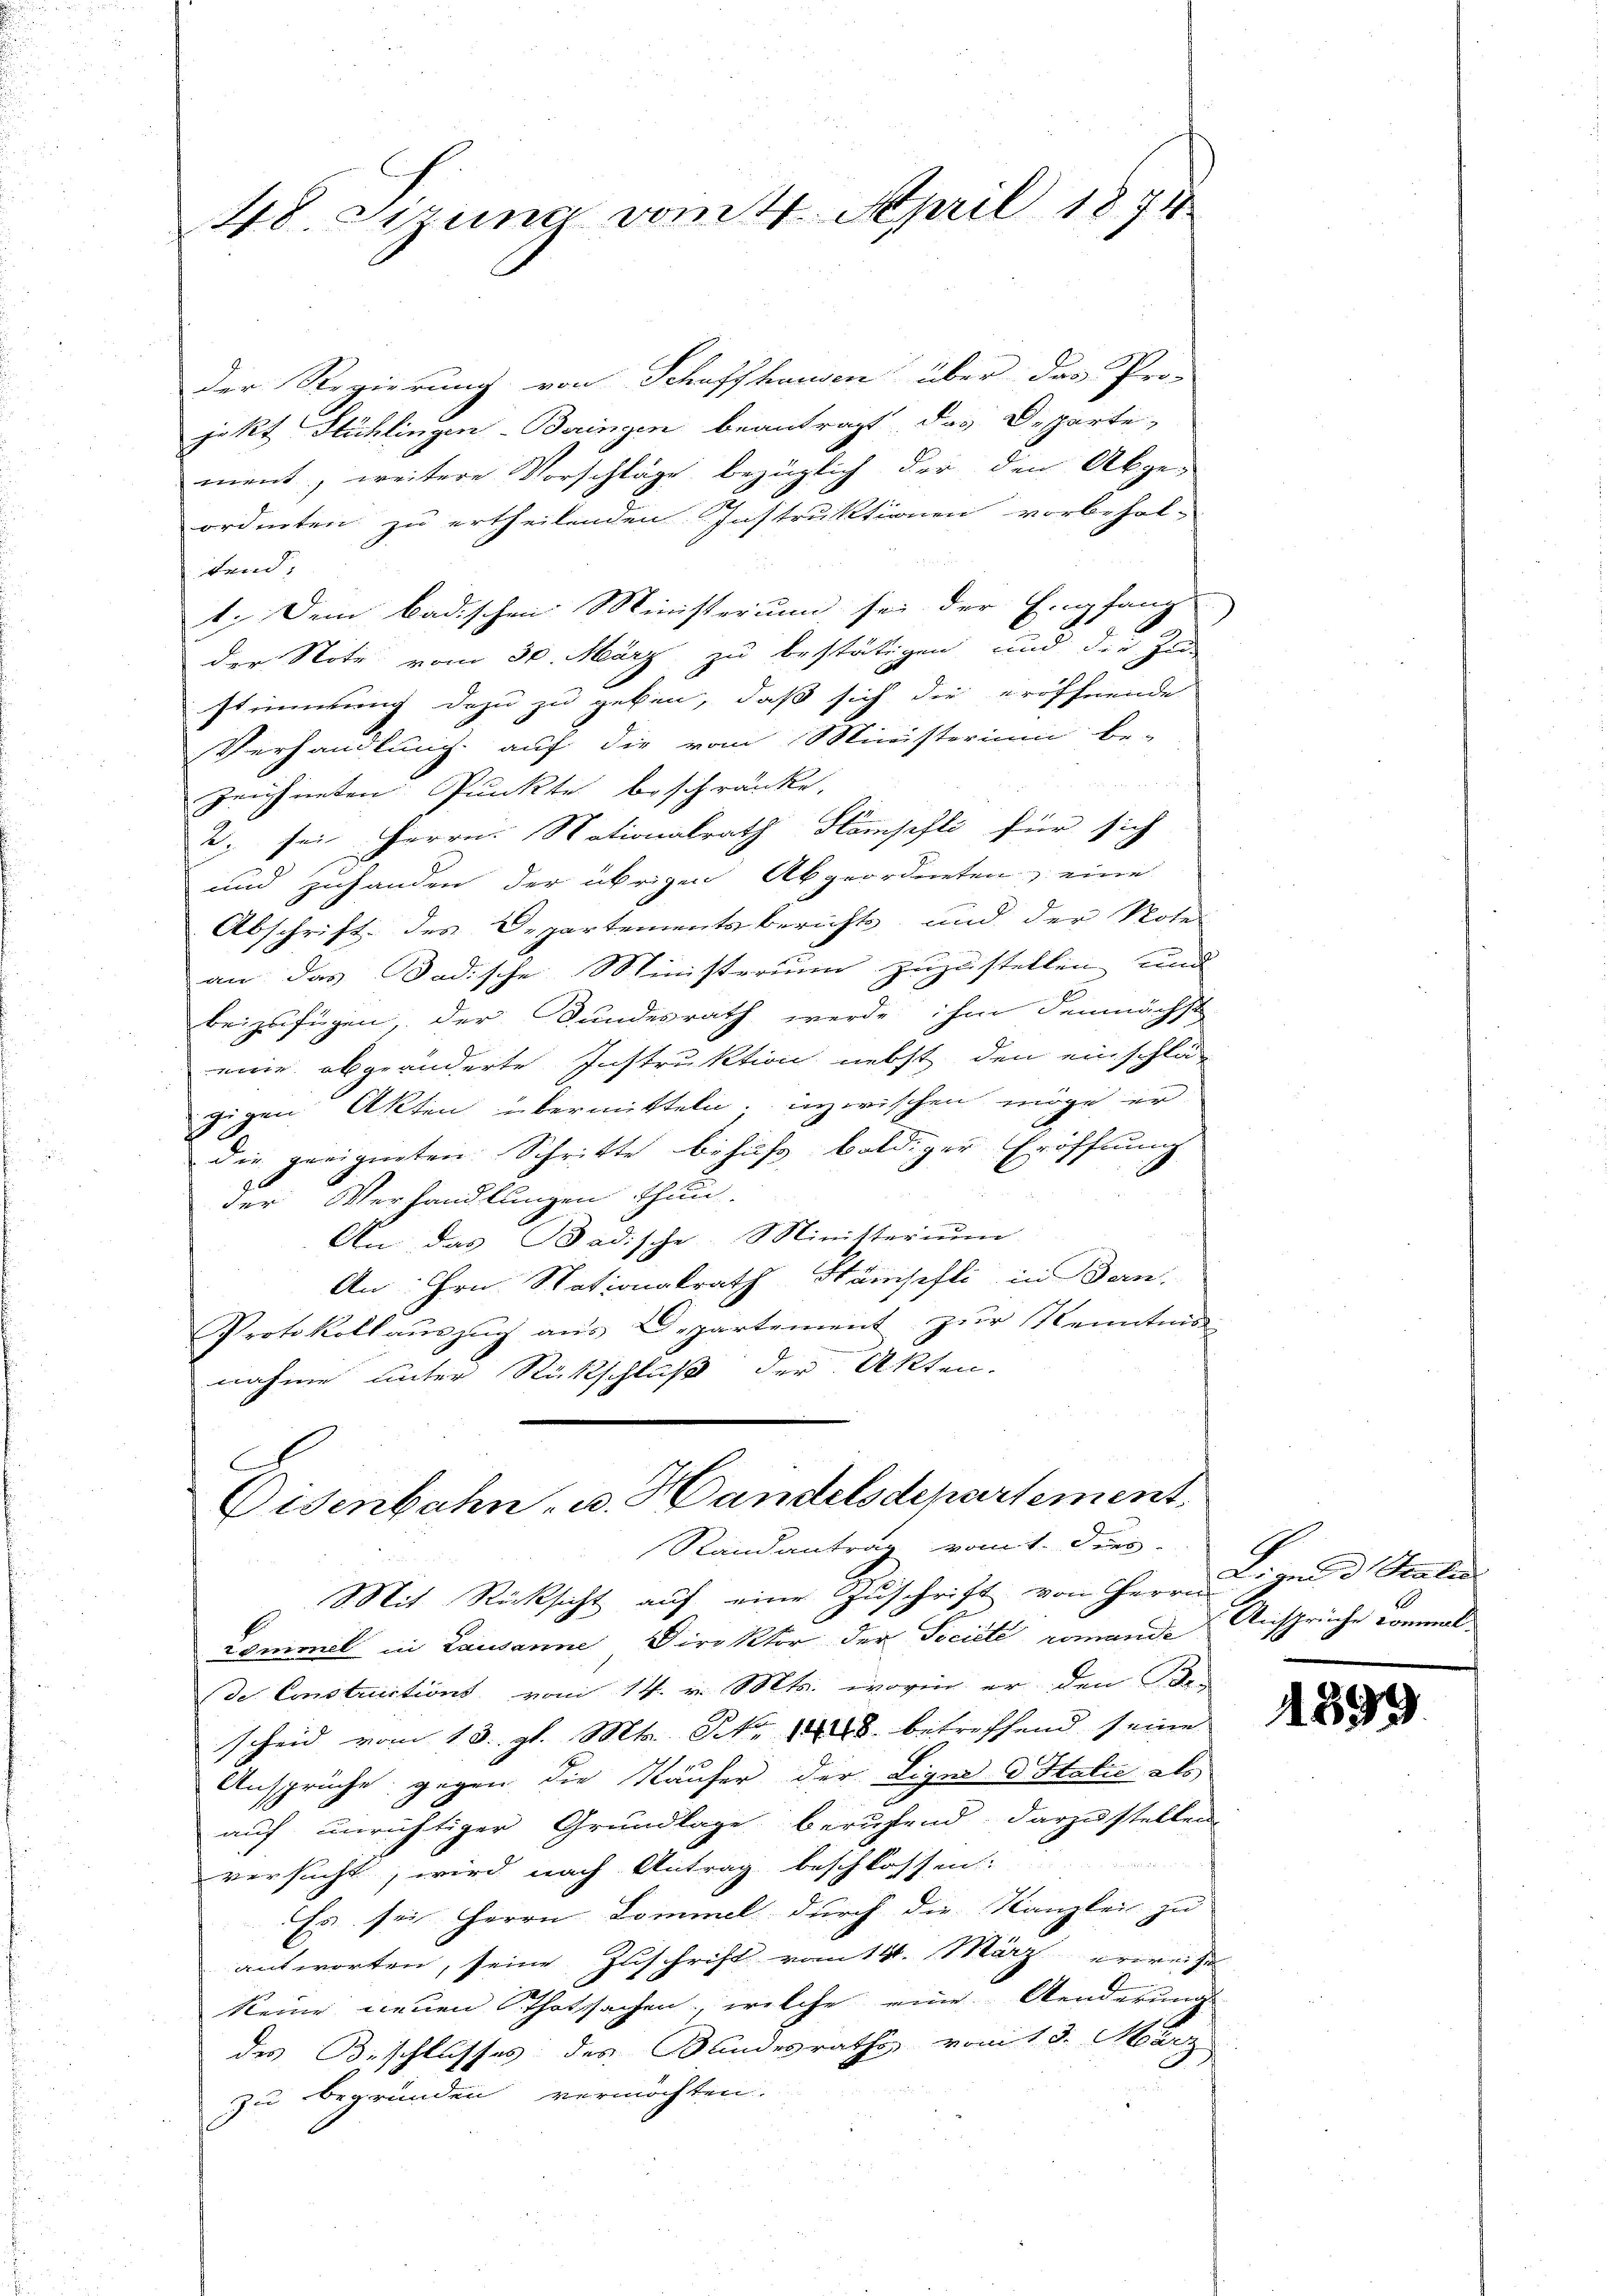
48. Sirung vom 4. April 1874

Der Regierung von Schaffhausen über das Pro-
jekt Stühlingen-Beringen beantragt das Departe,
ment, weitere Vorschläge bezüglich der den Abge-
ordneten zu ertheilenden Instruktionen vorbehal-
tend
1. Dem Badischen Ministerum sei der Empfang
4
der Note vom 30. März zu bestätigen und die Zu-
stimmung dazu zu geben, daß sich die eröffnende
Verhandlung auf die vom Ministerium be-
zeichneten Punkte beschränke.
2, sei Herrn. Nationalrath Hampfli für sich
und zuhanden der übrigen Abgeordneten, eine
Abschrift des Departementsberichts und der Note
an das Badische Ministerium zuzustellen und
beizufügen, der Bundesrath werde ihm demnächst
wir abgeänderte Instruktion nebst den einschlä
gigen Akten übermitteln. inzwischen möge er
die geeigneten Schritte behufs baldiger Eröffnung
96
der Verhandlungen thun.
An das Badische Ministerium
An: hrn. Nationalrath Stämpfli, in Bern.
Protokollaŭszŭg aŭs Departement zur Kenntnis
nahme unter Rückschluß der Akten.
A

Eisenbahn u. Handelsdepartement,
Randantrag vom 1. Dies

MMit Rücksicht auf eine Zuschrift von Herrn
Lomimel in Lausanne Direktor der Société romande
de Constructions vom 14. v. Mts. worin er den Be-
scheid vom 13. gl. Mts. S. 18. betreffend seine
Ansprüche gegen die Käufer der Ligne Italie als
auf unrichtiger Grundlage berufend, darzustellen
versucht, wird nach Antrag beschlossen:
Es sei Herrn Commel durch die Kanzlei zu
antworten, seine Zuschrift vom 14. März erweise
keine neuen Thatsachen, welche eine Aenderung
des Beschlusses des Sandesraths vom 13. März
zu begründen vermöchten.

Lennd Saalen
Ansprüche kommenl

1899